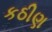
કઠીણ